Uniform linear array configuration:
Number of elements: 16
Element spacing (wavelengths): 0.5
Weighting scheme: kaiser
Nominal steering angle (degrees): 60
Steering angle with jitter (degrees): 59.564
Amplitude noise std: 0.05
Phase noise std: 0.05

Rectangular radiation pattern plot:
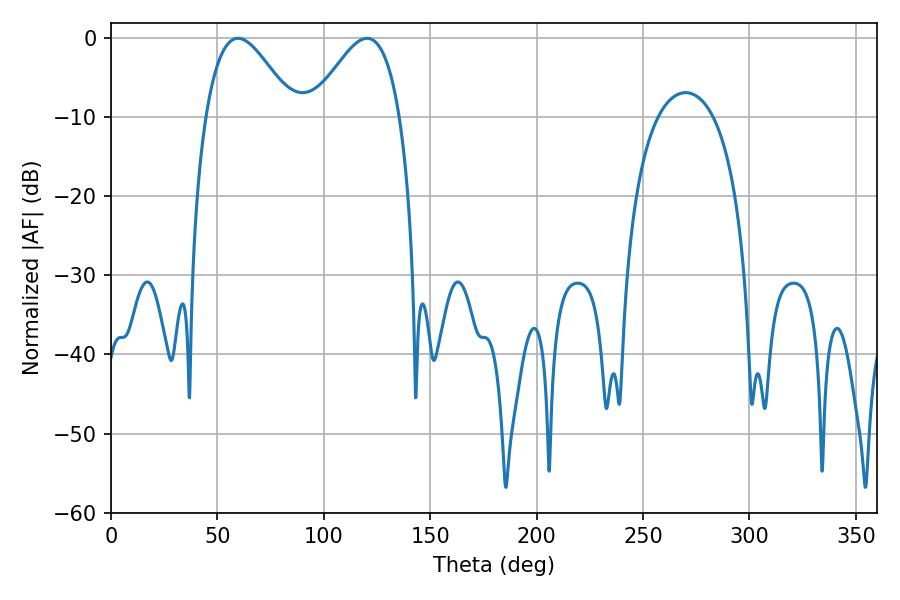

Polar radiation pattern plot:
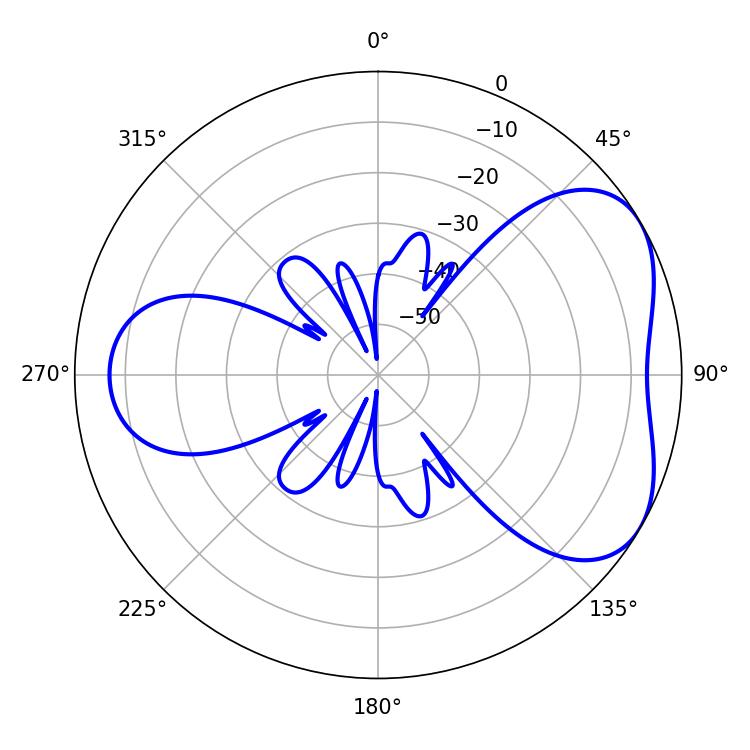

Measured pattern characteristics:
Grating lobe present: FALSE
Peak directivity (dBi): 4.716
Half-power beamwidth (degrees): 22.14
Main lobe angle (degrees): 59.76